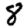
Digit: 8